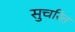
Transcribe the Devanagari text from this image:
सुचरित